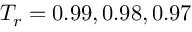
T _ { r } = 0 . 9 9 , 0 . 9 8 , 0 . 9 7